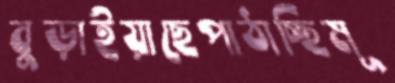
বুড়াইয়াছেপাঠাচ্ছিমূ